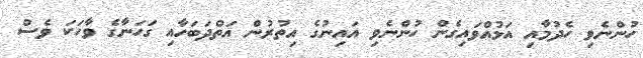
ހުންނެވި ހެދުމާއި އަޅުއްވައިގެން ހުންނެވި އައިނުގެ އިތުރުން އަތްދަބަހާއި ގަހަނާގެ ވާހަކަ ވެސް